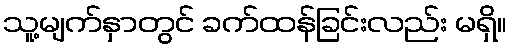
သူ့မျက်နှာတွင် ခက်ထန်ခြင်းလည်း မရှိ။